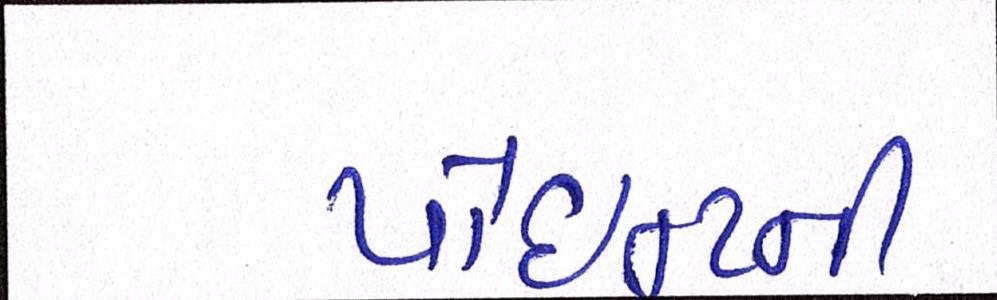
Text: પોઈન્ટની